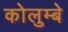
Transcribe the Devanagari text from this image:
कोलुम्बे